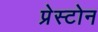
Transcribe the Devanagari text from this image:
प्रेस्टोन